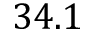
3 4 . 1